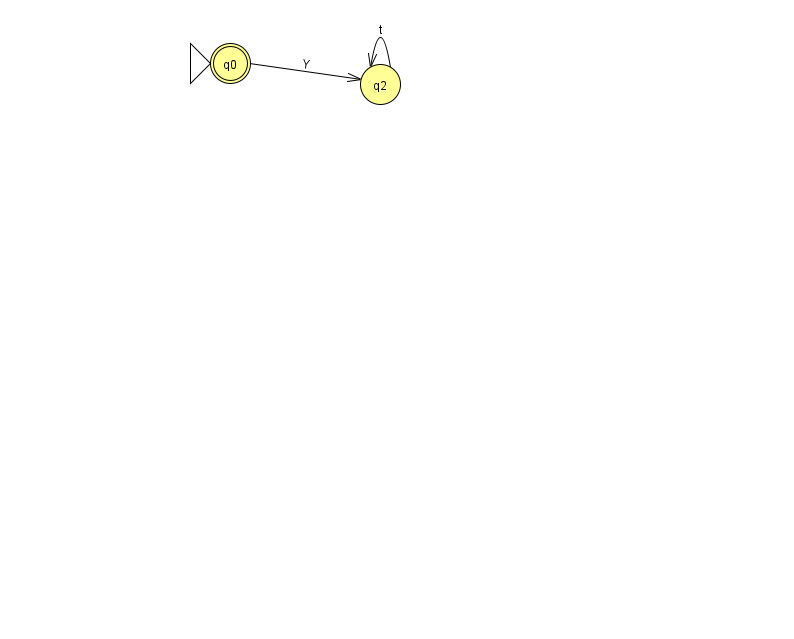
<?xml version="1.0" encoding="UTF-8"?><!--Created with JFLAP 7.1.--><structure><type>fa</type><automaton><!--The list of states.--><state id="0" name="q0"><x>230.0</x><y>50.0</y><initial/><final/></state><state id="2" name="q2"><x>380.0</x><y>71.0</y></state><!--The list of transitions.--><transition><from>2</from><to>2</to><read>t</read></transition><transition><from>0</from><to>2</to><read>Y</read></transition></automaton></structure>